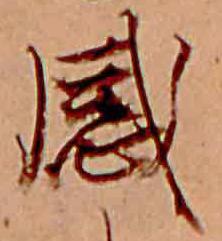
感